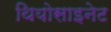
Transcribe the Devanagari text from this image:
थियोसाइनेट